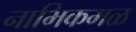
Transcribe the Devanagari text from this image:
नाभिकमळ